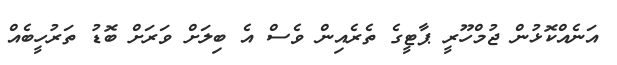
އަނެއްކޮޅުން ޖުމްހޫރީ ޕާޓީގެ ތެރެއިން ވެސް އެ ބިލަށް ވަރަށް ބޮޑު ތަރުހީބެއް